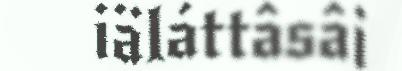
iäláttâsâi